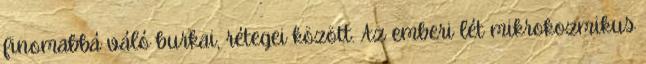
finomabbá váló burkai, rétegei között. Az emberi lét mikrokozmikus